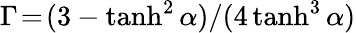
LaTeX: \Gamma\! =\! {(3-\operatorname{tanh}^{2}\alpha)}/{(4\operatorname{tanh}^{3}\alpha)}